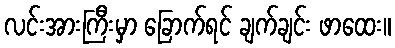
လင်းအားကြီးမှာ ခြောက်ရင် ချက်ချင်း ဖာထေး။